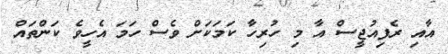
އާއި ރެފިއުޖީސް އާ މި ހުރިހާ ކަމަކަށް ވެސް ހަމަ އެހީވެ ކަންތައް